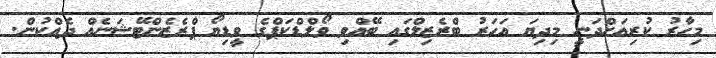
މިހާރު ކުރިއަށްދަނީ މިދިޔަ އަހަރު ބްރެޒިލްގައި ބޭއްވި ވޯލްޑްކަޕްގެ ވީޑިޔޯ ޕްރެޒެންޓޭޝަނެއް ދެއްކުން.